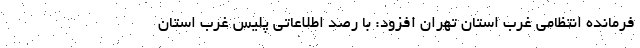
فرمانده انتظامی غرب استان تهران افزود: با رصد اطلاعاتی پلیس غرب استان